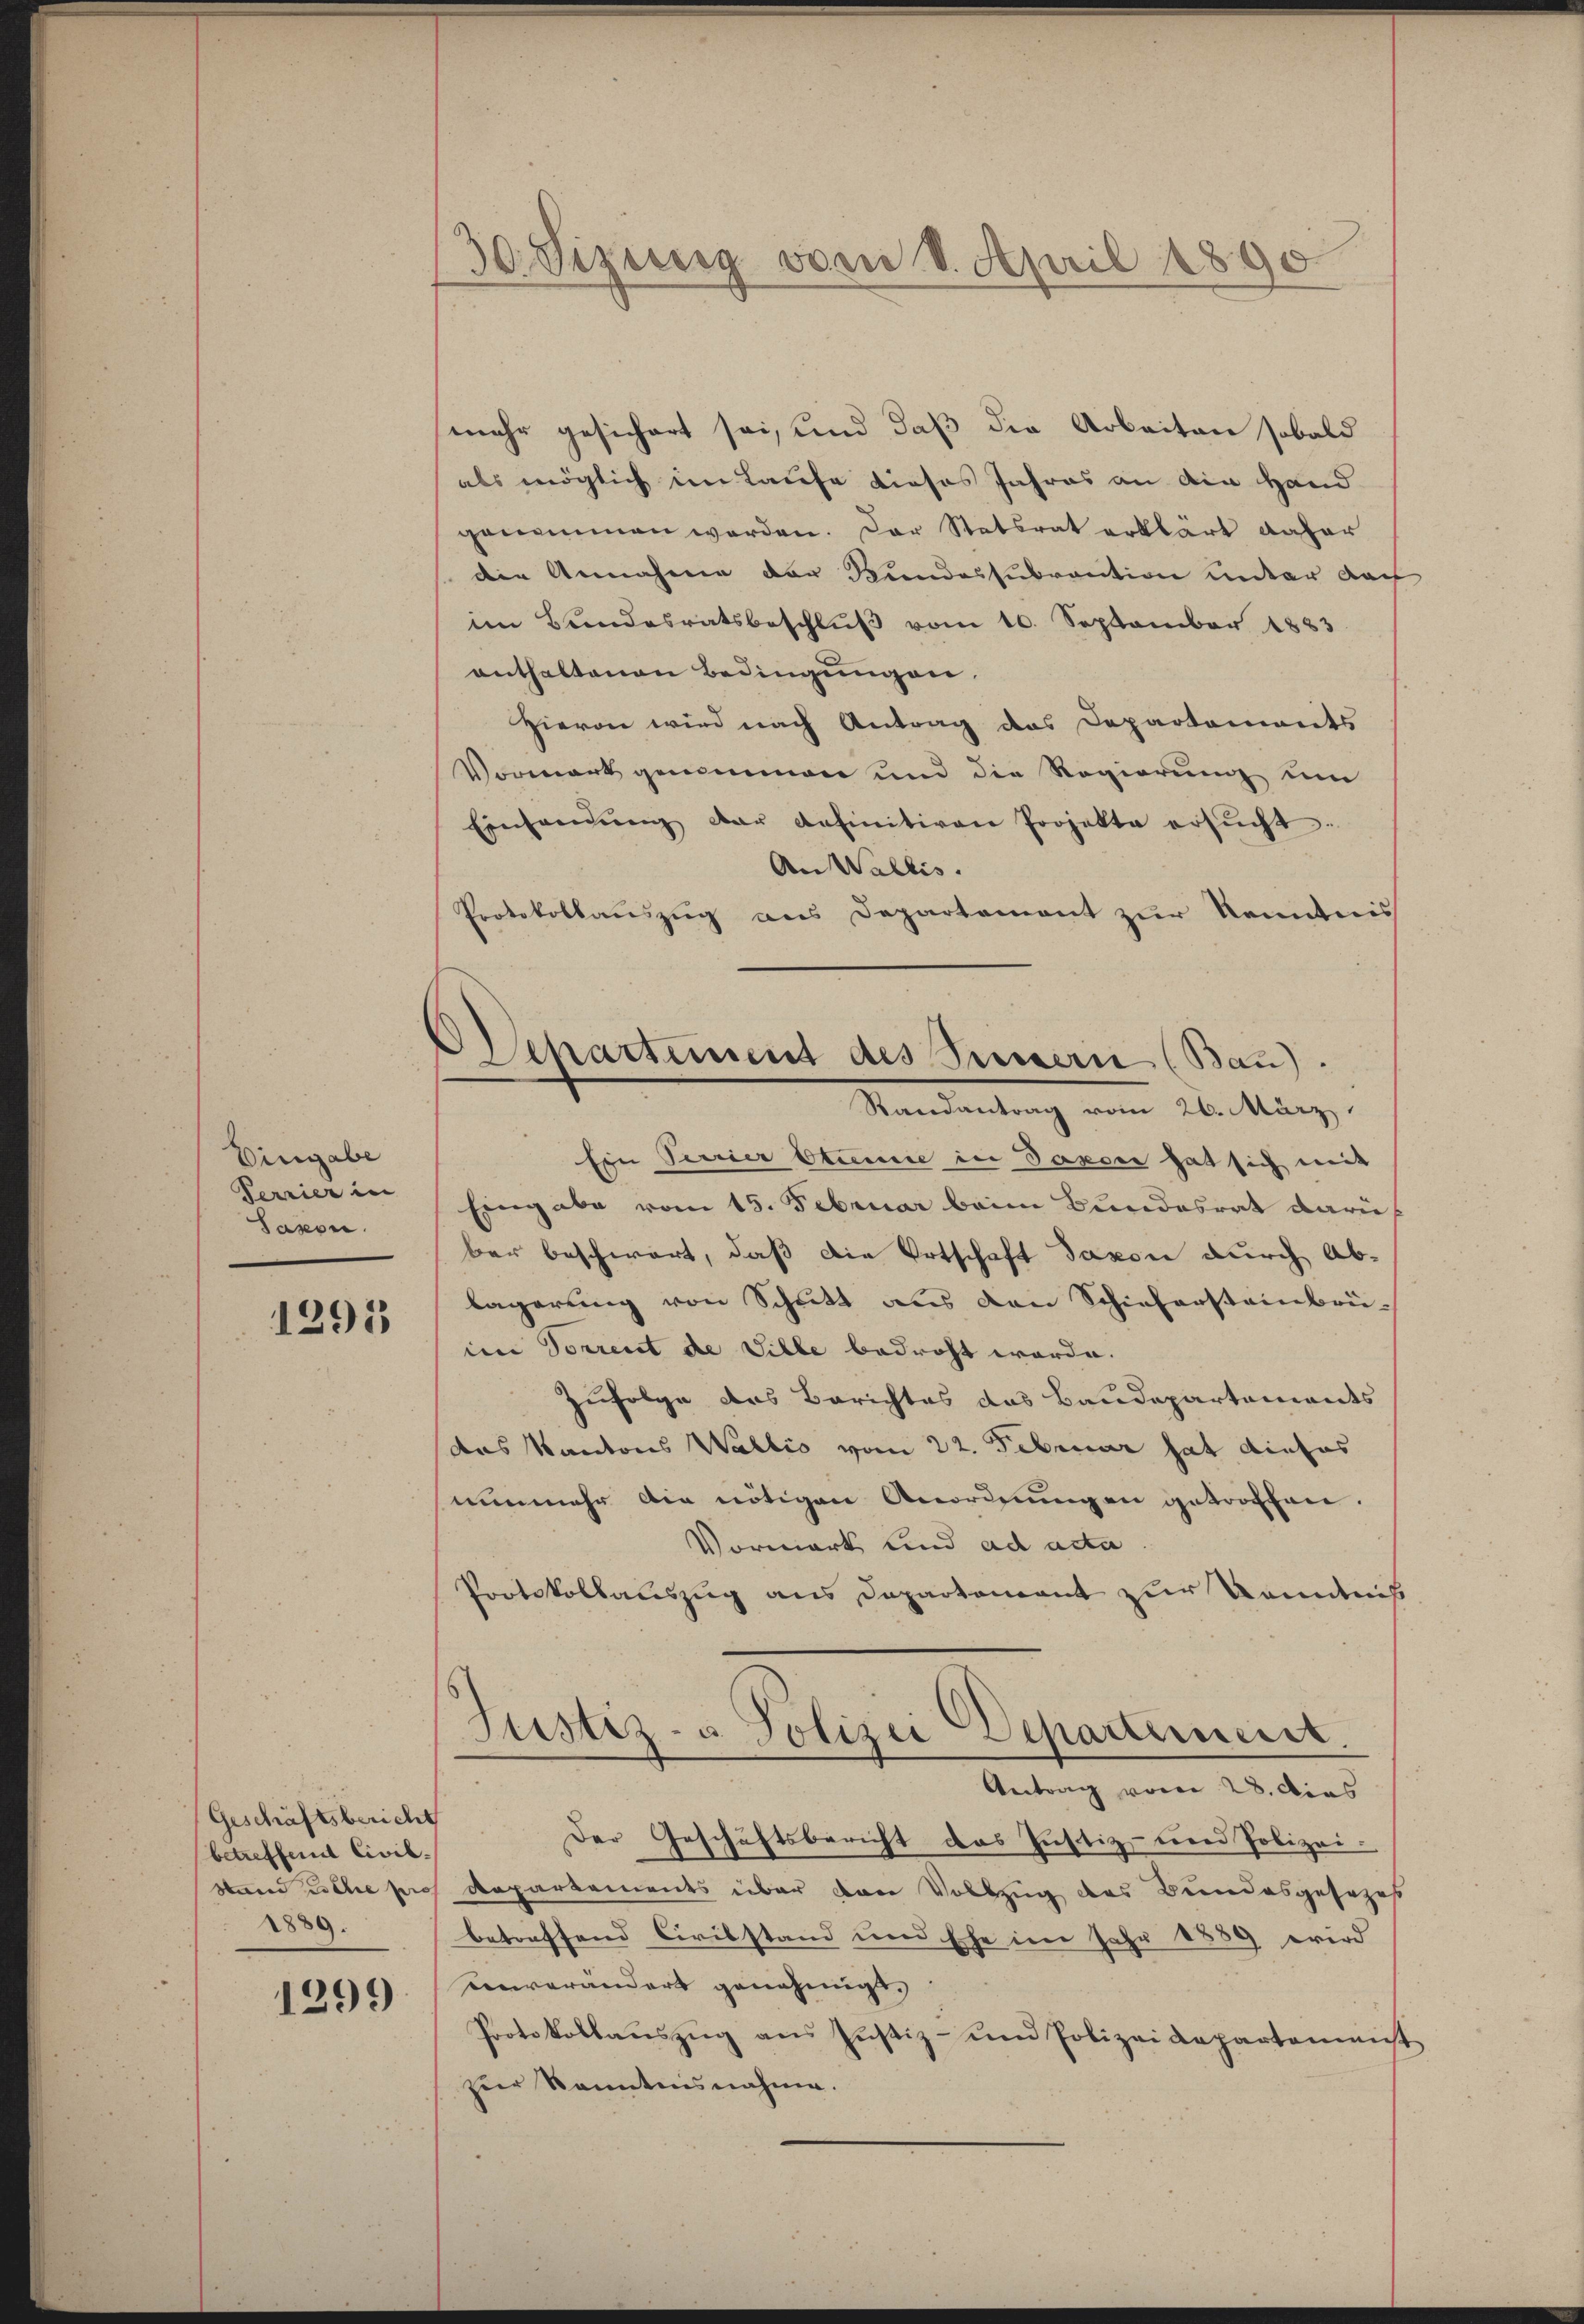
Eingabe
Verrier in
Sason.

1295

Geschäftsbericht
betreffend Civil-
1889.

1299

30 Vizung von 8. April 1890

Departement des Tunnern (Bau).
Randantrag vom 26. März.

mehr gesichert sei, und daß die Arbeiten sobald
als möglich im Laufe dieses Jahres an ain Hand
genommen werden. Der Statsrat erklärt daher
die Annahme der Rundessurantion unter Nach
im Bundesratsbeschlŭβ vom 10. September 1883
enthaltenen Bedingungen
Hievon wird nach Antrag des Departements
Vormark genommen und die Regierung um
Einhandŭng der definitiven Projekte ersŭcht.
An Wallis.
Protokollauszug aus Departement zur Kenntnis
Ein Perrier Stime in Taxsee hat sich mit
Eingabe vom 15. Februar beim Bundesrat darü
ber beschwart, daß die Ortschaft davon durch Ablagerung von Schritt aus den Schiehersteinbrü-
im Vorrent de Ville bedroht werde.
Zufolge des Berichtes das Baudepartements
das Kantons Wallis vom 22. Februar hat diefes
nunmehr die nötigen Anordnungen getroffen.
Vormark und ad acta
Protokollauszug aus Departement zur Kenntnis
Justiz- u. Polizei Departement.
Antrag vom 28. dies
Der Geschäftsbericht das Justiz- und Polizei¬
Stand siche pro Repartements über den Vollzug des Bundesgesezes
betreffend Civilstand und Ehe im Jahr 1889 wird
eenverändert genehmigt.
Protokollaŭszŭg ans Jŭstiz- und Polizeidepartement
zier Kenntnisnahme.